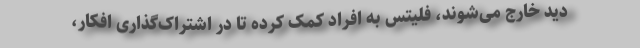
دید خارج می‌شوند، فلیتس به افراد کمک کرده تا در اشتراک‌گذاری افکار،